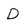
Character: D